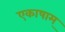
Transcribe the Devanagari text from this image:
एकाषाम्